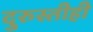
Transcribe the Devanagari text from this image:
दुरुस्तीही